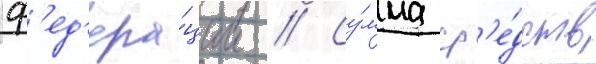
ф'ед'ера́ции // Су́мма ср'е́дств